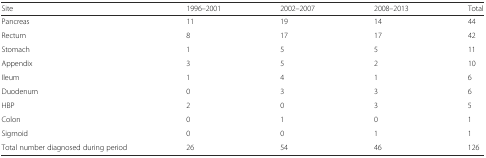
<table><thead><tr><td><b>Site</b></td><td><b>1996–2001</b></td><td><b>2002–2007</b></td><td><b>2008–2013</b></td><td><b>Total</b></td></tr></thead><tbody><tr><td>Pancreas</td><td>11</td><td>19</td><td>14</td><td>44</td></tr><tr><td>Rectum</td><td>8</td><td>17</td><td>17</td><td>42</td></tr><tr><td>Stomach</td><td>1</td><td>5</td><td>5</td><td>11</td></tr><tr><td>Appendix</td><td>3</td><td>5</td><td>2</td><td>10</td></tr><tr><td>Ileum</td><td>1</td><td>4</td><td>1</td><td>6</td></tr><tr><td>Duodenum</td><td>0</td><td>3</td><td>3</td><td>6</td></tr><tr><td>HBP</td><td>2</td><td>0</td><td>3</td><td>5</td></tr><tr><td>Colon</td><td>0</td><td>1</td><td>0</td><td>1</td></tr><tr><td>Sigmoid</td><td>0</td><td>0</td><td>1</td><td>1</td></tr><tr><td>Total number diagnosed during period</td><td>26</td><td>54</td><td>46</td><td>126</td></tr></tbody></table>